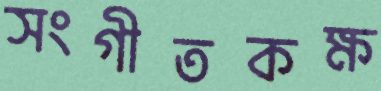
সংগীতকক্ষ